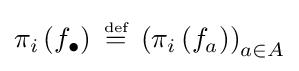
\pi _{i}\left(f_{\bullet }\right)\;{\stackrel {\scriptscriptstyle {\text{def}}}{=}}\;\left(\pi _{i}\left(f_{a}\right)\right)_{a\in A}